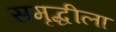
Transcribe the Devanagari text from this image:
समृद्धीला